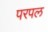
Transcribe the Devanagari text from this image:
परपल